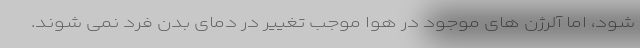
شود، اما آلرژن های موجود در هوا موجب تغییر در دمای بدن فرد نمی شوند.